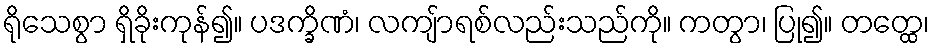
ရိုသေစွာ ရှိခိုးကုန်၍။ ပဒက္ခိဏံ၊ လကျ်ာရစ်လည်းသည်ကို။ ကတွာ၊ ပြု၍။ တတ္ထေ၊